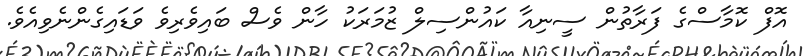
އޮފް ކޮމާސްގެ ފަރާތުން ސީނިއާ ކައުންސިލް ޒުމަރަކު ހާން ވެސް ބައިވެރިވެ ވަޑައިގެންނެވިއެވެ.